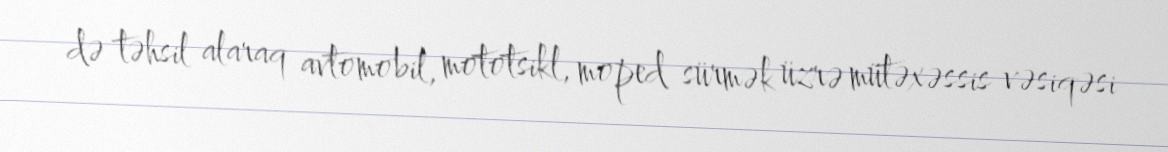
də təhsil alaraq avtomobil, mototsikl, moped sürmək üzrə mütəxəssis vəsiqəsi